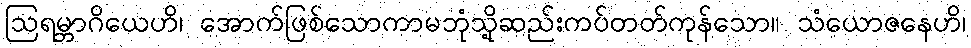
ဩရမ္ဘာဂိယေဟိ၊ အောက်ဖြစ်သောကာမဘုံသို့ဆည်းကပ်တတ်ကုန်သော။ သံယောဇနေဟိ၊